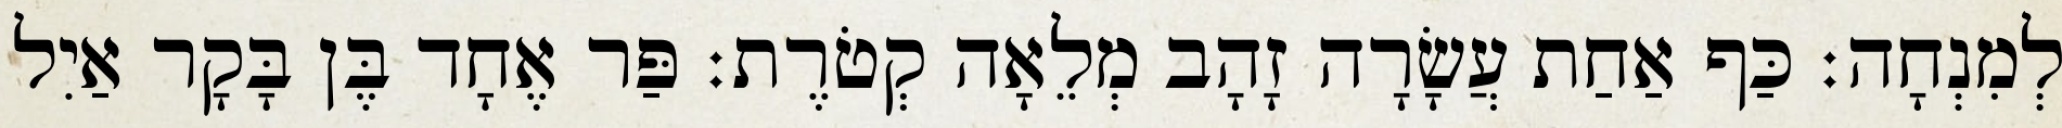
לְמִנְחָה׃ כַּף אַחַת עֲשָׂרָה זָהָב מְלֵאָה קְטֹרֶת׃ פַּר אֶחָד בֶּן בָּקָר אַיִל